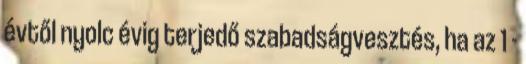
évtől nyolc évig terjedő szabadságvesztés, ha az 1 -